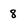
Character: 8